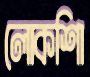
লোকশিা